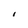
Character: I